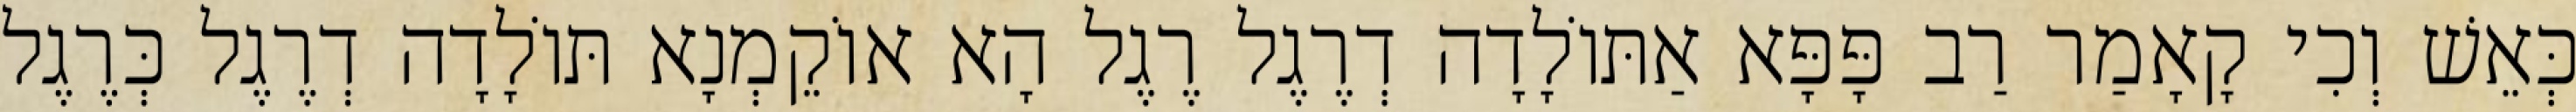
כְּאֵשׁ וְכִי קָאָמַר רַב פָּפָּא אַתּוֹלָדָה דְרֶגֶל רֶגֶל הָא אוֹקֵמְנָא תּוֹלָדָה דְרֶגֶל כְּרֶגֶל